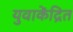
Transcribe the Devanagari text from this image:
युवाकेंद्रित